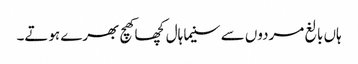
ہاں بالغ مردوں سے سنیما ہال کچھا کھچ بھرے ہوتے۔